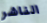
الناشر